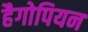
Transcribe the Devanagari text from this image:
हैगोपियन